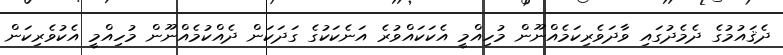
ދެޤައުމުގެ ދެމެދުގައި ވާދަވެރިކަމެއްނޫން މުހިއްމީ އެކަކައްވުރެ އަނެކަކުގެ ގަދަކަން ދެއްކުމެއްނޫން މުހިއްމީ އެކުވެރިކަން